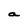
Character: a